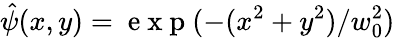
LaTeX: \hat{\psi}(x,y)=\mathrm{~e~x~p~}(-(x^{2}+y^{2})/w_{0}^{2})